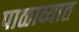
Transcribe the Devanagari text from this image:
पाळाव्यात